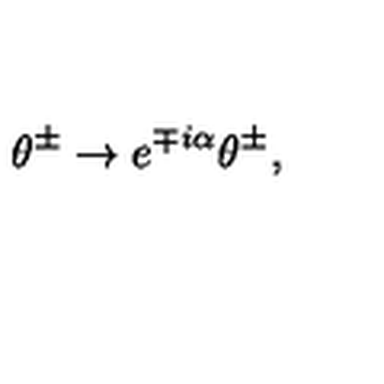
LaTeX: \theta ^ { \pm } \rightarrow e ^ { \mp i \alpha } \theta ^ { \pm } , \quad